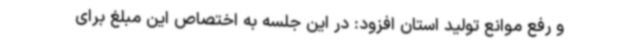
و رفع موانع تولید استان افزود: در این جلسه به اختصاص این مبلغ برای